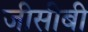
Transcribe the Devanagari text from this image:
जीसीबी